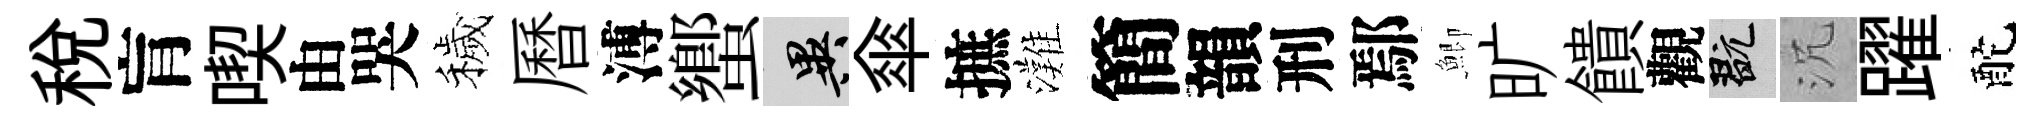
税肓喫由哭穢曆溥蠁异傘摭灘簡韻刑鄢鯽旷饋觀玩沉躍酡